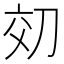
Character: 𫥿